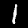
Label: 1